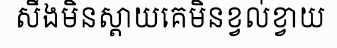
សឹងមិនស្តាយគេមិនខ្វល់ខ្វាយ